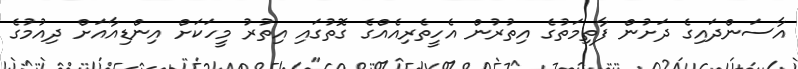
އާސަންދައިގެ ދަށުން ފާތިމަތުގެ އިތުރުން އެހީތެރިއެއްގެ ގޮތުގައި އިތުރު މީހަކަށް އިންޑިއާއަށް ދިއުމުގެ